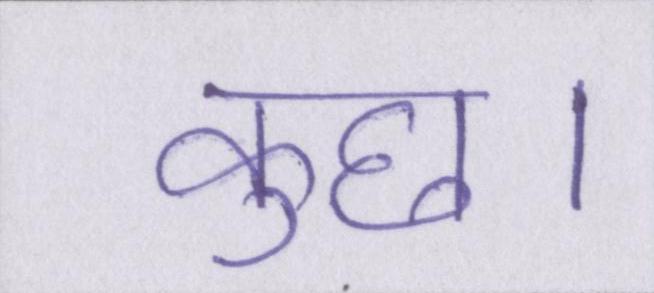
कुछ।